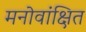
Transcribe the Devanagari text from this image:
मनोवांक्षित